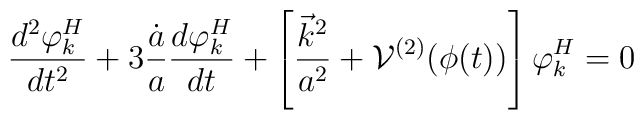
\frac{d^2 \varphi^H_k}{dt^2} + 3\frac{\dot{a}}{a}\frac{d\varphi^H_k}{dt}+\left[\frac{\vec{k}^2}{a^2}+{\cal{V}}^{(2)}(\phi(t))\right]\varphi^H_k =0